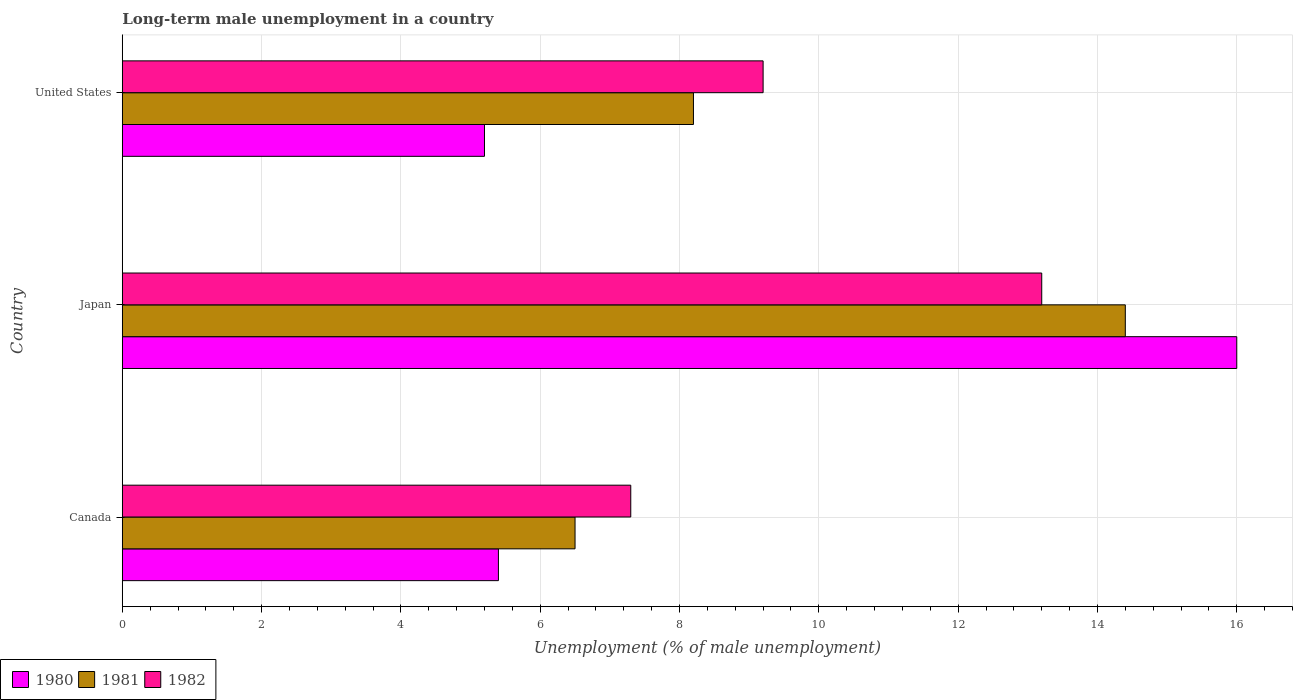
| Country | 1980 | 1981 | 1982 |
 | --- | --- | --- | --- |
 | Canada | 5.4 | 6.5 | 7.3 |
 | Japan | 16 | 14.4 | 13.2 |
 | United States | 5.2 | 8.2 | 9.2 |